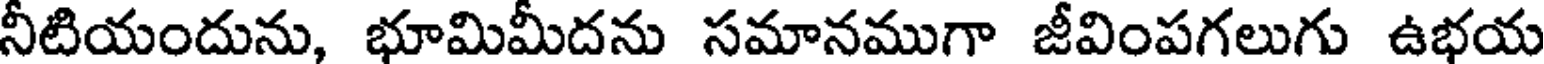
నీటియందును, భూమిమీదను సమానముగా జీవింపగలుగు ఉభయ